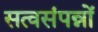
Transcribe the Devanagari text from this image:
सत्वसंपन्नों